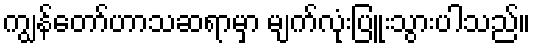
ကျွန်တော်ဟာသဆရာမှာ မျက်လုံးပြူးသွားပါသည်။